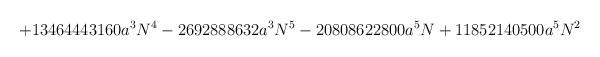
LaTeX: \begin{align*}+13464443160a^{3}N^{4}-2692888632a^{3}N^{5}-20808622800a^{5}N+11852140500a^{5}N^{2}\end{align*}